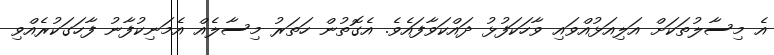
އެ މިސާލުތަކަށް އަލިއަޅުއްވައި ވާހަކަފުޅު ދައްކަވާފައެވެ. އެގޮތުން ހަތަރު މިސާލެއް އެމަނިކުފާނު ފާހަގަކުރެއްވި